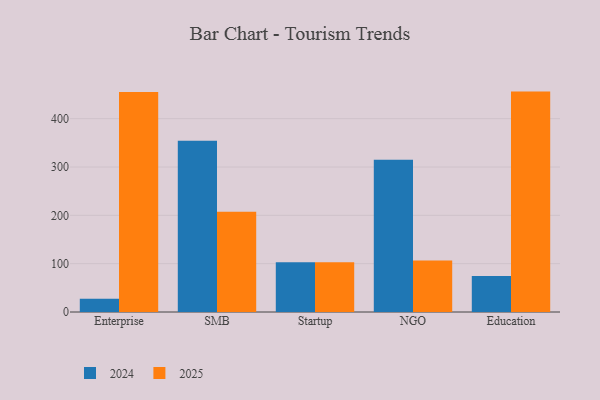
{"axis": {"x": "Segment", "y": "Headcount"}, "legend": ["2024", "2025"], "data": [{"x": "Enterprise", "y": 27.2, "type": "2024"}, {"x": "Enterprise", "y": 455.4, "type": "2025"}, {"x": "SMB", "y": 354.5, "type": "2024"}, {"x": "SMB", "y": 207.3, "type": "2025"}, {"x": "Startup", "y": 103.1, "type": "2024"}, {"x": "Startup", "y": 103.0, "type": "2025"}, {"x": "NGO", "y": 314.9, "type": "2024"}, {"x": "NGO", "y": 106.7, "type": "2025"}, {"x": "Education", "y": 74.3, "type": "2024"}, {"x": "Education", "y": 456.0, "type": "2025"}]}